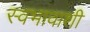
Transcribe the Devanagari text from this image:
स्वभावाशी